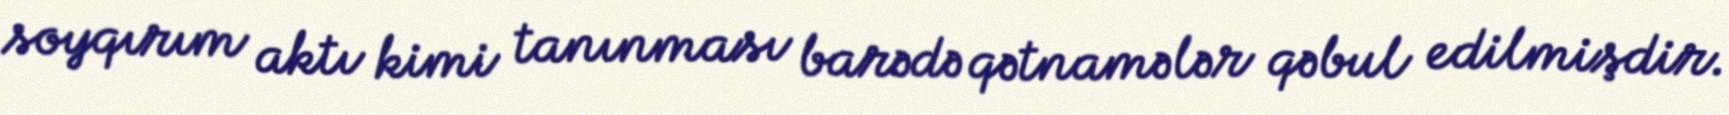
soyqırım aktı kimi tanınması barədə qətnamələr qəbul edilmişdir.